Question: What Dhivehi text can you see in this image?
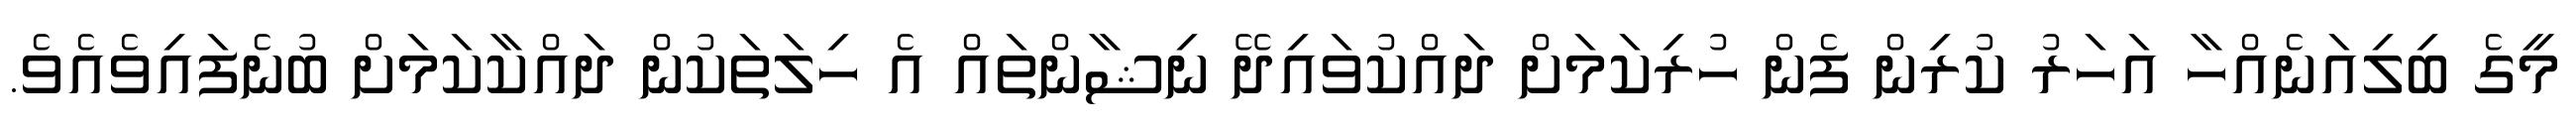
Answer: މީގެ ބިލިއަނެއްހާ އަހަރު ކުރިން ފެން ހުރިކަމަށް ދައްކުވައިދޭ ނިޝާންތައް އެ ހިލަތަކުން ދައްކާކަމަށް ބުނެފައިވެއެވެ.